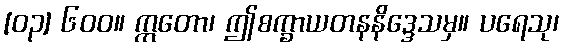
[၀၃] ၆၀၀။ ဣတော၊ ဤစက္ခာယတနနိဒ္ဒေသမှ။ ပရေသု၊